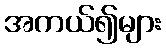
အကယ်၍များ